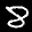
Label: 8